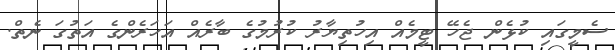
ސެމީގައި ކުޅެން ޖެހޭ ޓީމެއް އިހުތިޔާރު ކުރުމުގެ ބާރެއް އަހަރެންގެ އަތުގަ ނެތް.